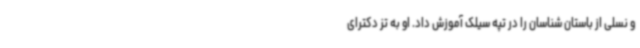
و نسلی از باستان شناسان را در تپه سیلک آموزش داد. او به تز دکترای